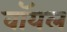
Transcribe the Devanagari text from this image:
वॉयल